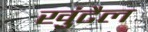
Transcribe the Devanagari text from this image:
खुंटैल